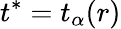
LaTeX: t^{*}=t_{\alpha}(r)